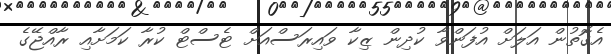
އެގޮތުން އަލަށް އުފަންވާ ކުދިން ޒިކާ ވައިރަސްއަށް ޓެސްޓް ކުރާ ކަމަށާއި ރާއްޖޭގެ